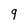
Character: 9